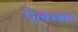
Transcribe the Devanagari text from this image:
ऐलम्मा